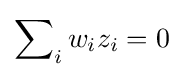
\sum \nolimits _{i}w_{i}z_{i}=0